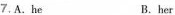
7,A. he B.her